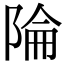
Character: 陯